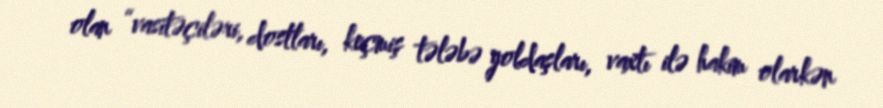
olan “vasitəçiləri, dostları, keçmiş tələbə yoldaşları, vaxtı ilə hakim olarkən